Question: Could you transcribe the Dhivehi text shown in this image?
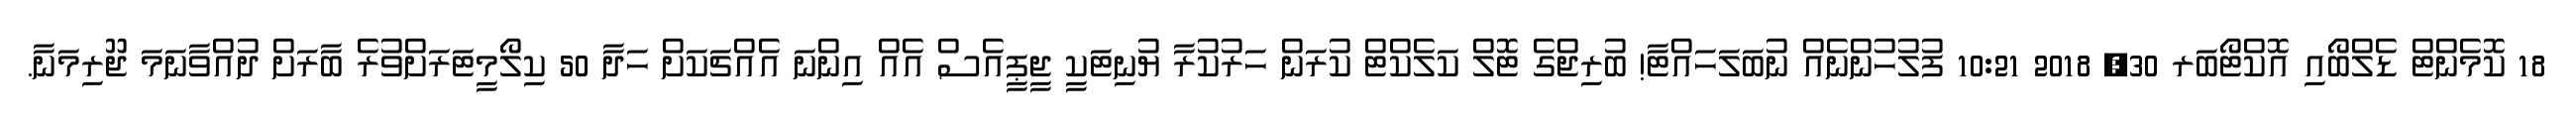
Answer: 18 ކޮމެންޓް ޑެލްބޯއި އޮކްޓޯބަރ 30, 2018 10:21 ފުލުހުންނެއް ނުބަލަހައްޓާ! ބުރިޖްގެ ޓޮލް ކަލެކްޓް ކުރަން ހަރުކުރާ ޔުނިޓަކީ ޖީޕީއެސް އެއް އިންނަ އެއްޗަކަށް ހަދާ 50 ކިލޯމީޓަރަށްވުރެ ބާރަށް ދުއްވާނަމަ ޖޫރިމަނާ.